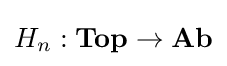
H_{n}:\mathbf {Top} \to \mathbf {Ab}